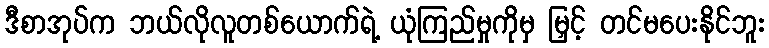
ဒီစာအုပ်က ဘယ်လိုလူတစ်ယောက်ရဲ့ ယုံကြည်မှုကိုမှ မြှင့် တင်မပေးနိုင်ဘူး